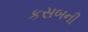
કસબની